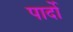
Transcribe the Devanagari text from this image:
पार्दो